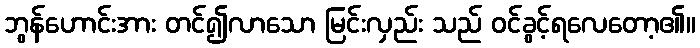
ဘွန်ဟောင်းအား တင်၍လာသော မြင်းလှည်း သည် ဝင်ခွင့်ရလေတော့၏။